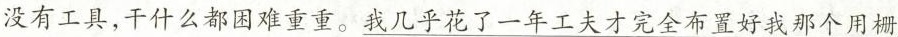
没有工具，干什么都困难重重。我几乎花了一年工夫才完全布置好我那个用栅